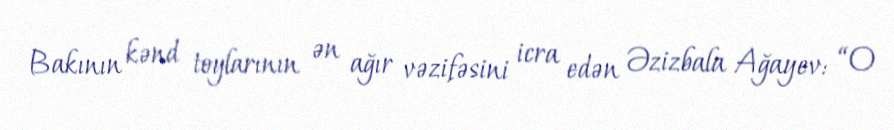
Bakının kənd toylarının ən ağır vəzifəsini icra edən Əzizbala Ağayev: “O